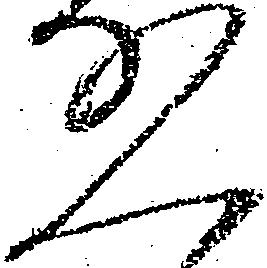
恐